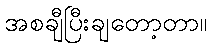
အစချီပြီးချတော့တာ။